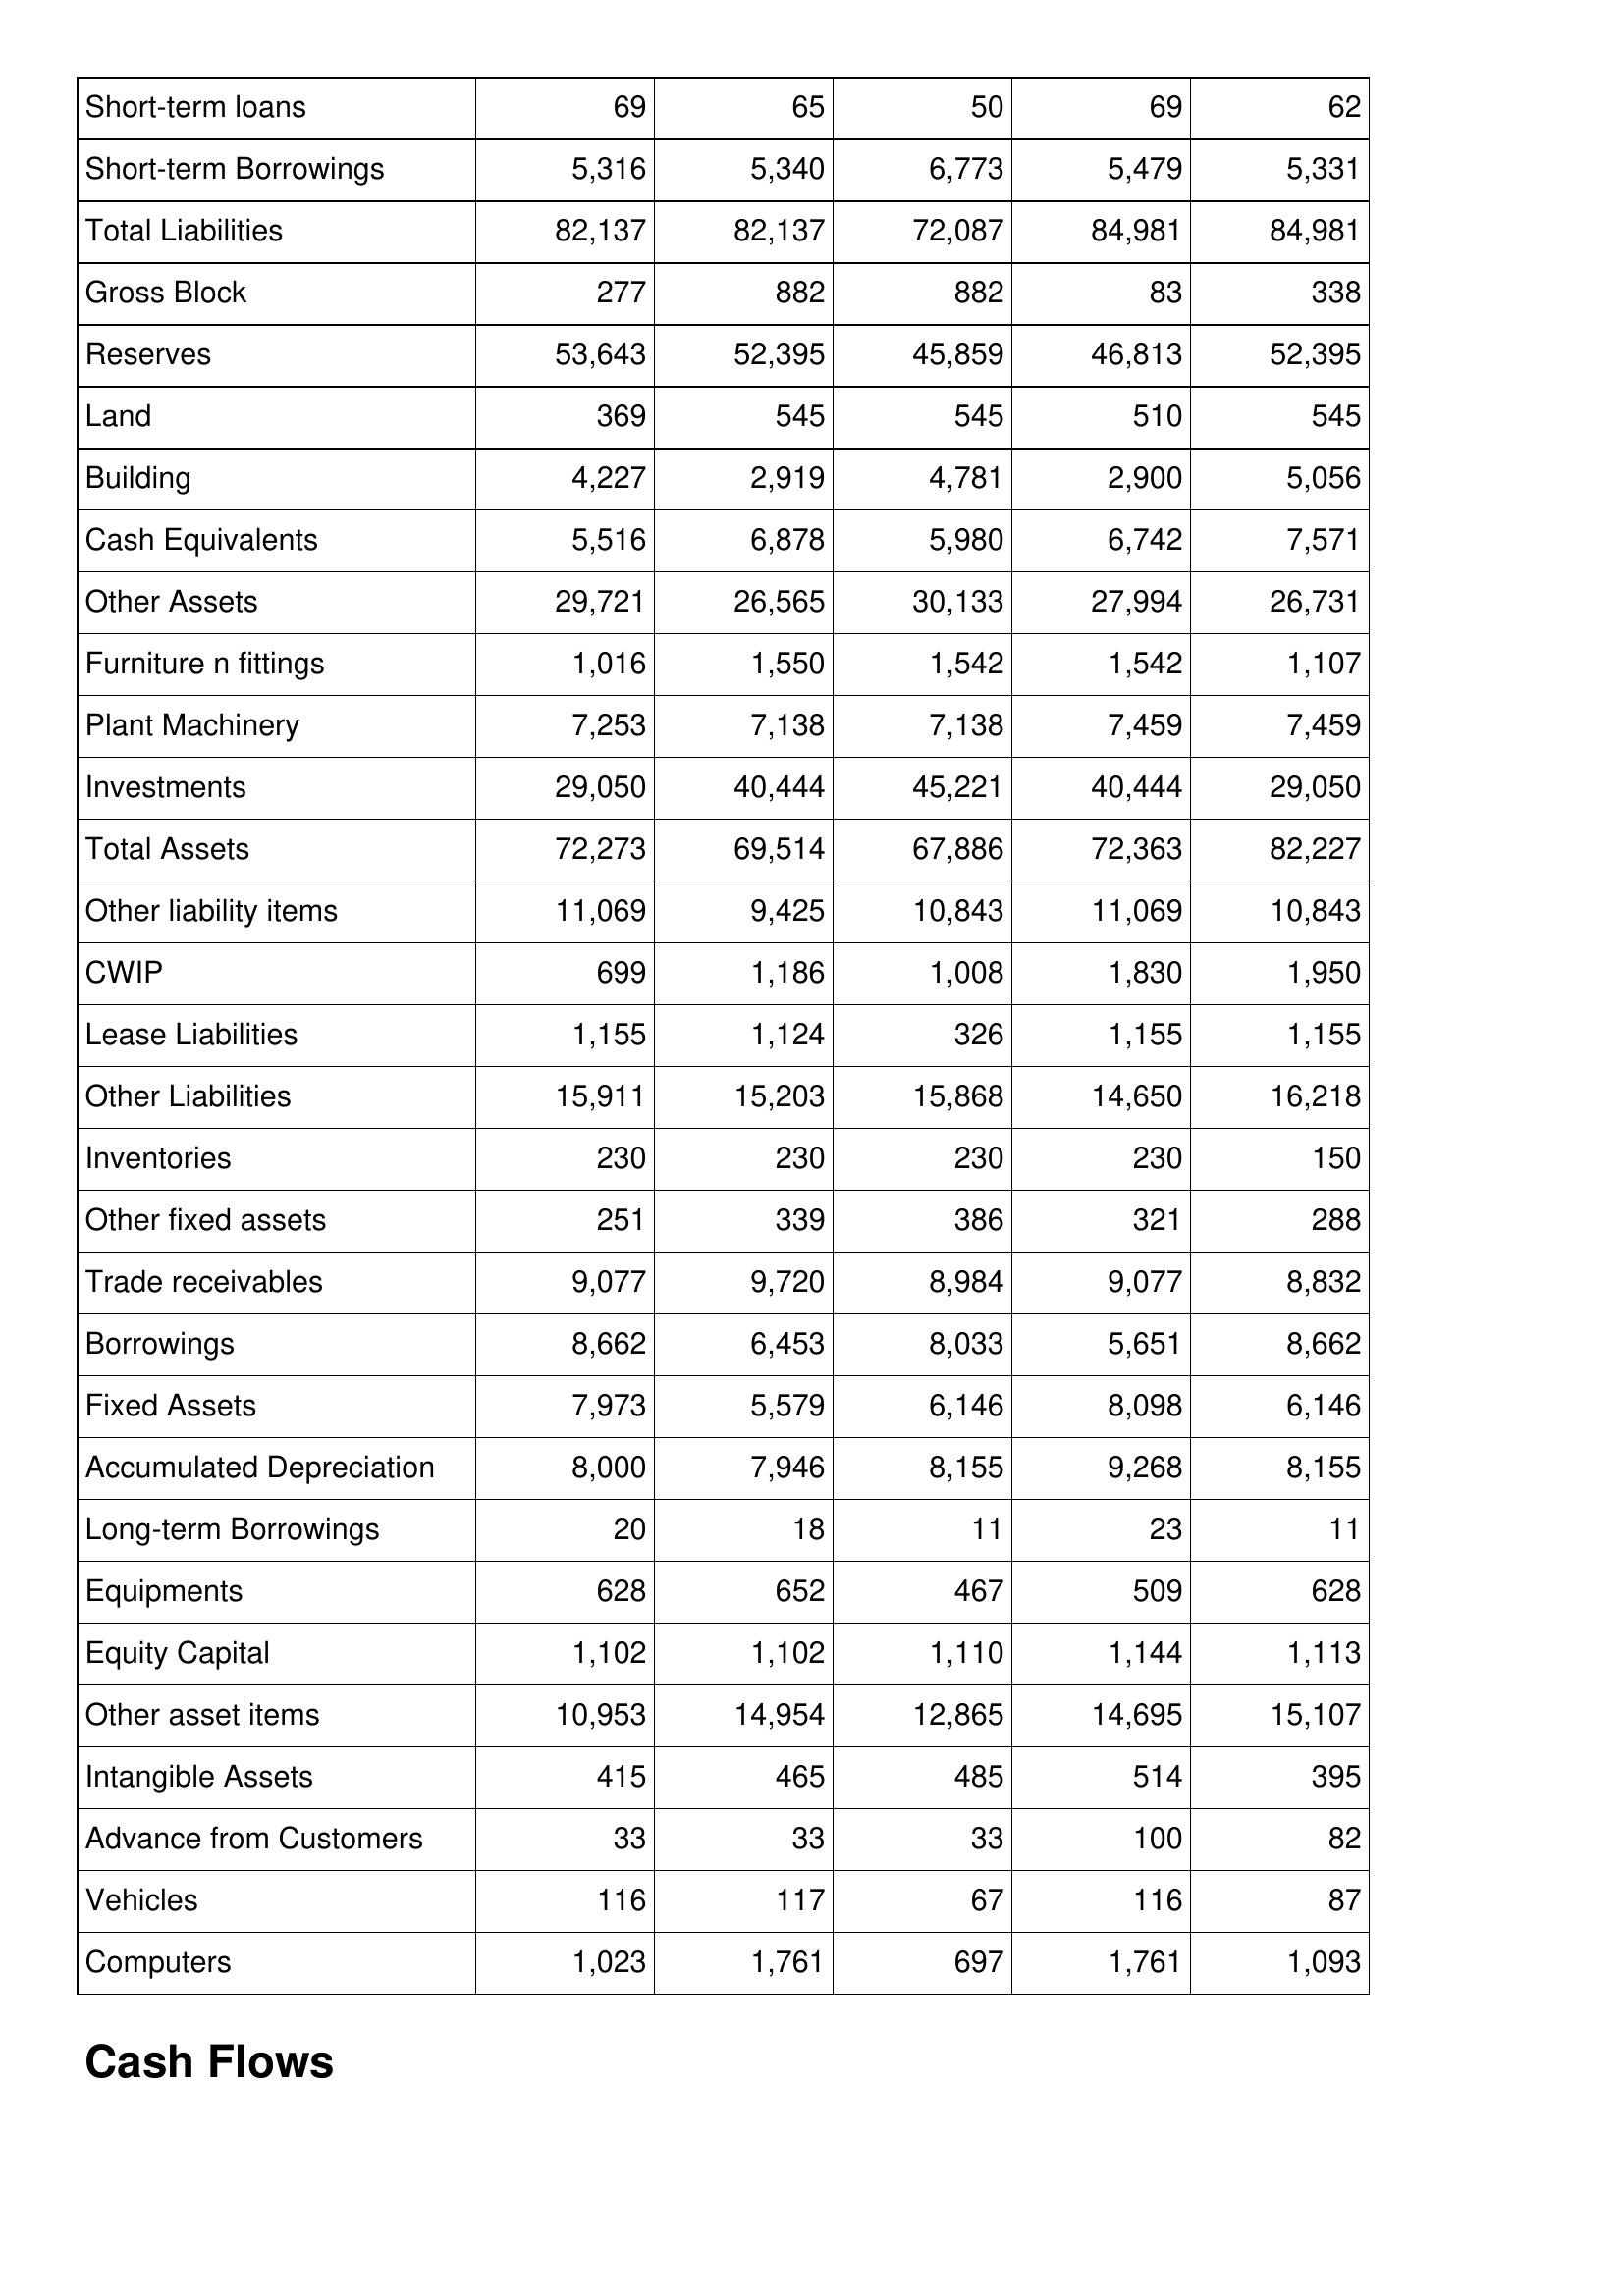
Aug-11: Balance Sheet: Short-term loans: 69
Short-term Borrowings: 5,316
Total Liabilities: 82,137
Gross Block: 277
Reserves: 53,643
Land: 369
Building: 4,227
Cash Equivalents: 5,516
Other Assets: 29,721
Furniture n fittings: 1,016
Plant Machinery: 7,253
Investments: 29,050
Total Assets: 72,273
Other liability items: 11,069
CWIP: 699
Lease Liabilities: 1,155
Other Liabilities: 15,911
Inventories: 230
Other fixed assets: 251
Trade receivables: 9,077
Borrowings: 8,662
Fixed Assets: 7,973
Accumulated Depreciation: 8,000
Long-term Borrowings: 20
Equipments: 628
Equity Capital: 1,102
Other asset items: 10,953
Intangible Assets: 415
Advance from Customers: 33
Vehicles: 116
Computers: 1,023
Aug-12: Balance Sheet: Short-term loans: 65
Short-term Borrowings: 5,340
Total Liabilities: 82,137
Gross Block: 882
Reserves: 52,395
Land: 545
Building: 2,919
Cash Equivalents: 6,878
Other Assets: 26,565
Furniture n fittings: 1,550
Plant Machinery: 7,138
Investments: 40,444
Total Assets: 69,514
Other liability items: 9,425
CWIP: 1,186
Lease Liabilities: 1,124
Other Liabilities: 15,203
Inventories: 230
Other fixed assets: 339
Trade receivables: 9,720
Borrowings: 6,453
Fixed Assets: 5,579
Accumulated Depreciation: 7,946
Long-term Borrowings: 18
Equipments: 652
Equity Capital: 1,102
Other asset items: 14,954
Intangible Assets: 465
Advance from Customers: 33
Vehicles: 117
Computers: 1,761
Aug-13: Balance Sheet: Short-term loans: 50
Short-term Borrowings: 6,773
Total Liabilities: 72,087
Gross Block: 882
Reserves: 45,859
Land: 545
Building: 4,781
Cash Equivalents: 5,980
Other Assets: 30,133
Furniture n fittings: 1,542
Plant Machinery: 7,138
Investments: 45,221
Total Assets: 67,886
Other liability items: 10,843
CWIP: 1,008
Lease Liabilities: 326
Other Liabilities: 15,868
Inventories: 230
Other fixed assets: 386
Trade receivables: 8,984
Borrowings: 8,033
Fixed Assets: 6,146
Accumulated Depreciation: 8,155
Long-term Borrowings: 11
Equipments: 467
Equity Capital: 1,110
Other asset items: 12,865
Intangible Assets: 485
Advance from Customers: 33
Vehicles: 67
Computers: 697
Aug-14: Balance Sheet: Short-term loans: 69
Short-term Borrowings: 5,479
Total Liabilities: 84,981
Gross Block: 83
Reserves: 46,813
Land: 510
Building: 2,900
Cash Equivalents: 6,742
Other Assets: 27,994
Furniture n fittings: 1,542
Plant Machinery: 7,459
Investments: 40,444
Total Assets: 72,363
Other liability items: 11,069
CWIP: 1,830
Lease Liabilities: 1,155
Other Liabilities: 14,650
Inventories: 230
Other fixed assets: 321
Trade receivables: 9,077
Borrowings: 5,651
Fixed Assets: 8,098
Accumulated Depreciation: 9,268
Long-term Borrowings: 23
Equipments: 509
Equity Capital: 1,144
Other asset items: 14,695
Intangible Assets: 514
Advance from Customers: 100
Vehicles: 116
Computers: 1,761
Aug-15: Balance Sheet: Short-term loans: 62
Short-term Borrowings: 5,331
Total Liabilities: 84,981
Gross Block: 338
Reserves: 52,395
Land: 545
Building: 5,056
Cash Equivalents: 7,571
Other Assets: 26,731
Furniture n fittings: 1,107
Plant Machinery: 7,459
Investments: 29,050
Total Assets: 82,227
Other liability items: 10,843
CWIP: 1,950
Lease Liabilities: 1,155
Other Liabilities: 16,218
Inventories: 150
Other fixed assets: 288
Trade receivables: 8,832
Borrowings: 8,662
Fixed Assets: 6,146
Accumulated Depreciation: 8,155
Long-term Borrowings: 11
Equipments: 628
Equity Capital: 1,113
Other asset items: 15,107
Intangible Assets: 395
Advance from Customers: 82
Vehicles: 87
Computers: 1,093